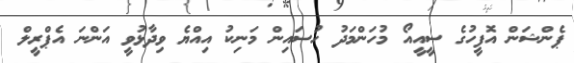
ޕެންޝަން އޮފީހުގެ ސީއީއޯ މުހަންމަދު ހުސައިން މަނިކު އިއްޔެ ވިދާޅުވީ އަންނަ އެޕްރީލް